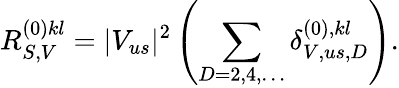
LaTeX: R_{S,V}^{(0)kl}=|V_{us}|^{2}\left(\sum_{D=2,4,\dots}\delta_{V,us,D}^{(0),kl}\right).